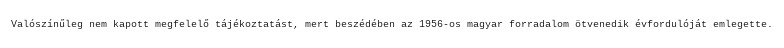
Valószínűleg nem kapott megfelelő tájékoztatást, mert beszédében az 1956-os magyar forradalom ötvenedik évfordulóját emlegette.